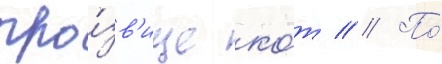
про́зв'ище ко́т // По́